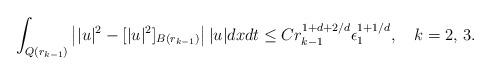
LaTeX: \begin{align*}\int_{Q(r_{k-1})} \left||u|^2-[|u|^2]_{B(r_{k-1})}\right| |u| dxdt \leq C r^{1+d+2/d}_{k-1} \epsilon_1^{1+1/d}, \ \ \ k=2,\,3.\end{align*}